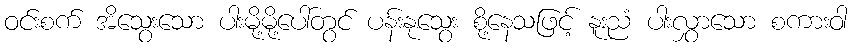
ဝင်းစက် အိသွေးသော ပါးမို့မို့ပေါ်တွင် ပန်းနုသွေး စို့နေသဖြင့် နူးညံ ပါးလွှာသော စကားဝါ